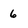
Character: 6